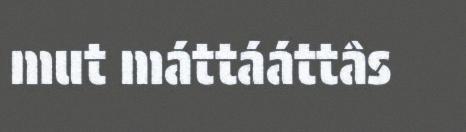
mut máttááttâs